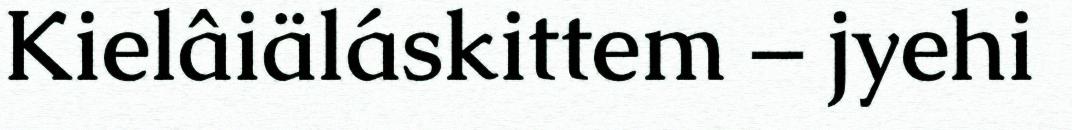
Kielâiäláskittem – jyehi